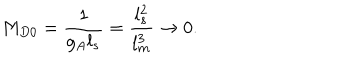
M _ { D 0 } = { \frac { 1 } { g _ { A } l _ { s } } } = { \frac { l _ { s } ^ { 2 } } { l _ { m } ^ { 3 } } } \rightarrow 0 .